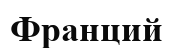
Франций